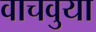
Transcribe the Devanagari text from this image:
वाचवुया